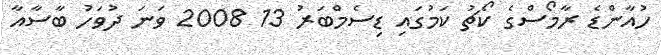
ހުއާންޑެ ރާމޯސްގެ ކޯޗު ކަމުގައި ޑިސެމްބަރު 13 2008 ވަނަ ދުވަހު ބާސާއާ